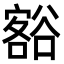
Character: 𮙐